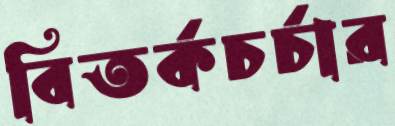
বিতর্কচর্চার